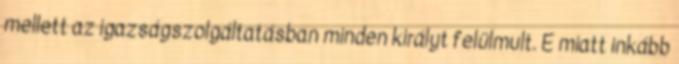
mellett az igazságszolgáltatásban minden királyt felülmult. E miatt inkább